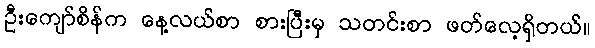
ဦးကျော်စိန်က နေ့လယ်စာ စားပြီးမှ သတင်းစာ ဖတ်လေ့ရှိတယ်။